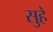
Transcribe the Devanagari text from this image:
सुहे